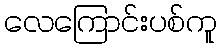
လေကြောင်းပစ်ကူ